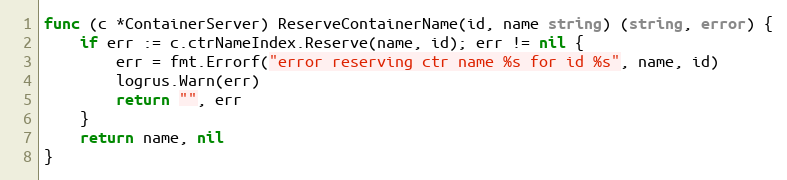
Language: Go
func (c *ContainerServer) ReserveContainerName(id, name string) (string, error) {
	if err := c.ctrNameIndex.Reserve(name, id); err != nil {
		err = fmt.Errorf("error reserving ctr name %s for id %s", name, id)
		logrus.Warn(err)
		return "", err
	}
	return name, nil
}